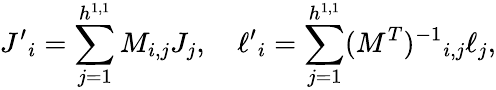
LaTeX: {J^{\prime}}_{i}=\sum_{j=1}^{h^{1,1}}M_{i,j}J_{j},\quad{\ell^{\prime}}_{i}=\sum_{j=1}^{h^{1,1}}(M^{T})^{-1}{}_{i,j}\ell_{j},